Insane asylums in Bengal annual reports 1867-1875 - 1867-1875
Year: 1867
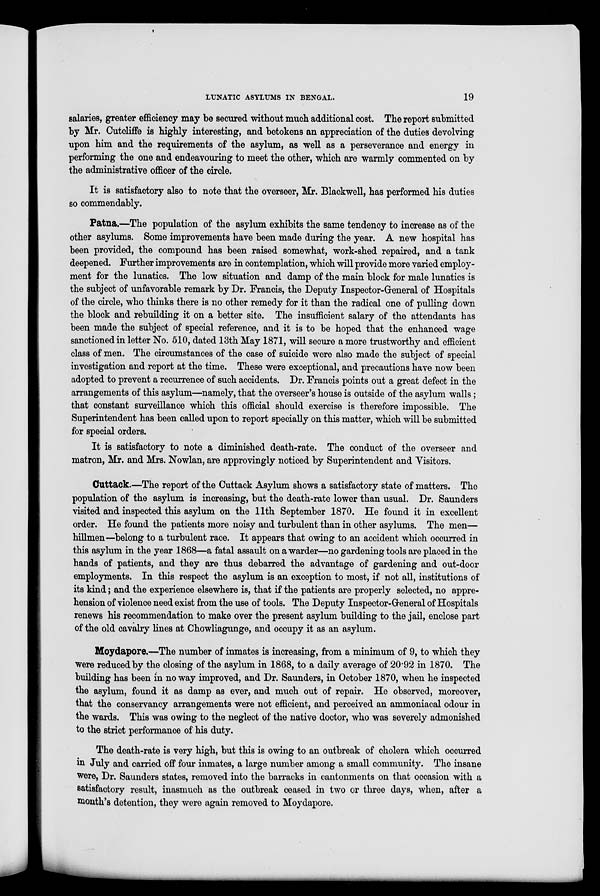
LUNATIC ASYLUMS IN BENGAL.
19
salaries, greater efficiency may be secured without much additional cost. The report submitted
by Mr. Cutcliffe is highly interesting, and betokens an appreciation of the duties devolving
upon him and the requirements of the asylum, as well as a perseverance and energy in
performing the one and endeavouring to meet the other, which are warmly commented on by
the administrative officer of the circle.
It is satisfactory also to note that the overseer, Mr. Blackwell, has performed his duties
so commendably.
Patna.—The population of the asylum exhibits the same tendency to increase as of the
other asylums. Some improvements have been made during the year. A new hospital has
been provided, the compound has been raised somewhat, work-shed repaired, and a tank
deepened. Further improvements are in contemplation, which will provide more varied employ-
ment for the lunatics. The low situation and damp of the main block for male lunatics is
the subject of unfavorable remark by Dr. Francis, the Deputy Inspector-General of Hospitals
of the circle, who thinks there is no other remedy for it than the radical one of pulling down
the block and rebuilding it on a better site. The insufficient salary of the attendants has
been made the subject of special reference, and it is to be hoped that the enhanced wage
sanctioned in letter No. 510, dated 13th May 1871, will secure a more trustworthy and efficient
class of men. The circumstances of the case of suicide were also made the subject of special
investigation and report at the time. These were exceptional, and precautions have now been
adopted to prevent a recurrence of such accidents. Dr. Francis points out a great defect in the
arrangements of this asylum—namely, that the overseer's house is outside of the asylum walls;
that constant surveillance which this official should exercise is therefore impossible. The
Superintendent has been called upon to report specially on this matter, which will be submitted
for special orders.
It is satisfactory to note a diminished death-rate. The conduct of the overseer and
matron, Mr. and Mrs. Nowlan, are approvingly noticed by Superintendent and Visitors.
Cuttack.—The report of the Cuttack Asylum shows a satisfactory state of matters. The
population of the asylum is increasing, but the death-rate lower than usual. Dr. Saunders
visited and inspected this asylum on the 11th September 1870. He found it in excellent
order. He found the patients more noisy and turbulent than in other asylums. The men—
hillmen—belong to a turbulent race. It appears that owing to an accident which occurred in
this asylum in the year 1868—a fatal assault on a warder—no gardening tools are placed in the
hands of patients, and they are thus debarred the advantage of gardening and out-door
employments. In this respect the asylum is an exception to most, if not all, institutions of
its kind; and the experience elsewhere is, that if the patients are properly selected, no appre-
hension of violence need exist from the use of tools. The Deputy Inspector-General of Hospitals
renews his recommendation to make over the present asylum building to the jail, enclose part
of the old cavalry lines at Chowliagunge, and occupy it as an asylum.
Moydapore.—The number of inmates is increasing, from a minimum of 9, to which they
were reduced by the closing of the asylum in 1868, to a daily average of 20.92 in 1870. The
building has been in no way improved, and Dr. Saunders, in October 1870, when he inspected
the asylum, found it as damp as ever, and much out of repair. He observed, moreover,
that the conservancy arrangements were not efficient, and perceived an ammoniacal odour in
the wards. This was owing to the neglect of the native doctor, who was severely admonished
to the strict performance of his duty.
The death-rate is very high, but this is owing to an outbreak of cholera which occurred
in July and carried off four inmates, a large number among a small community. The insane
were, Dr. Saunders states, removed into the barracks in cantonments on that occasion with a
satisfactory result, inasmuch as the outbreak ceased in two or three days, when, after a
month's detention, they were again removed to Moydapore.